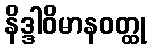
နိဒ္ဒါဝိမာနဝတ္ထု